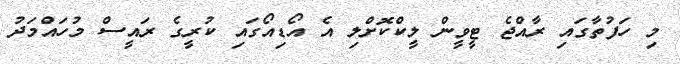
މި ހަފުތާގައި ރާއްޖެ ޓީވީން ލީކްކޮށްލި އެ އޯޑިއޯގައި ކުރީގެ ރައީސް މުހައްމަދު